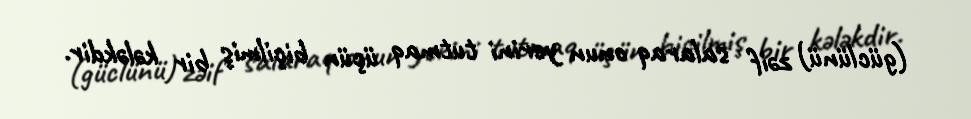
(güclünü) zəif salaraq onun yerini tutmaq üçün biçilmiş bir kələkdir.